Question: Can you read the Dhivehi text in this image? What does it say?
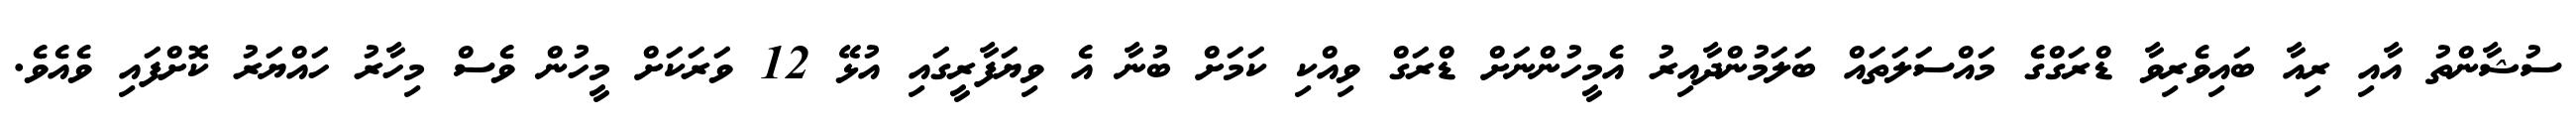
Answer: ސުޝާންތު އާއި ރިއާ ބައިވެރިވާ ޑްރަގްގެ މައްސަލަތައް ބަލަމުންދާއިރު އެމީހުންނަށް ޑްރަގް ވިއްކި ކަމަށް ބުނާ އެ ވިޔަފާރީގައި އުޅޭ 12 ވަރަކަށް މީހުން ވެސް މިހާރު ހައްޔަރު ކޮށްފައި ވެއެވެ.